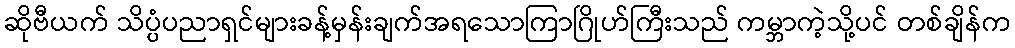
ဆိုဗီယက် သိပ္ပံပညာရှင်များခန့်မှန်းချက်အရသောကြာဂြိုဟ်ကြီးသည် ကမ္ဘာကဲ့သို့ပင် တစ်ချိန်က